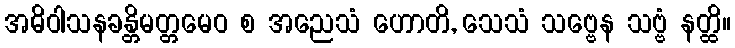
အဓိဝါသနခန္တိမတ္တမေဝ စ အညေသံ ဟောတိ, သေသံ သဗ္ဗေန သဗ္ဗံ နတ္ထိ။